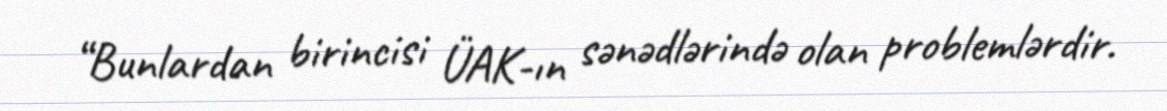
“Bunlardan birincisi ÜAK-ın sənədlərində olan problemlərdir.